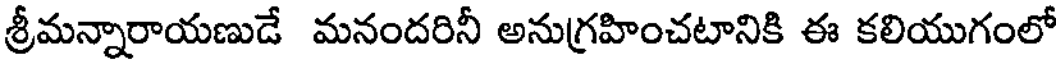
శ్రీమన్నారాయణుడే మనందరినీ అనుగ్రహించటానికి ఈ కలియుగంలో